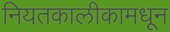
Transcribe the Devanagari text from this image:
नियतकालीकामधून